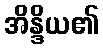
အိန္ဒိယ၏